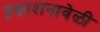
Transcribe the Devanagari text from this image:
प्रकाशनावेळी